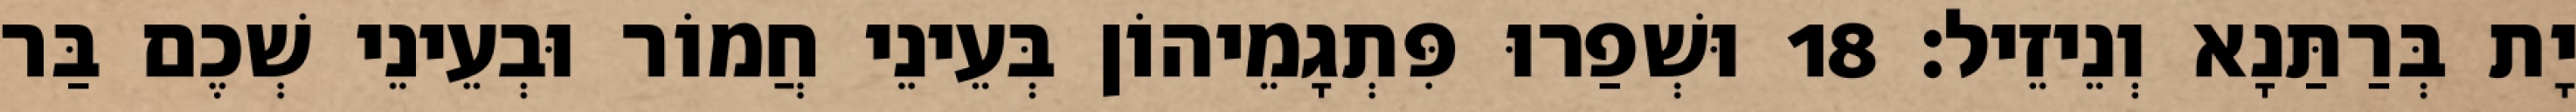
יָת בְּרַתַּנָא וְנֵיזֵיל׃ 18 וּשְׁפַרוּ פִּתְגָמֵיהוֹן בְּעֵינֵי חֲמוֹר וּבְעֵינֵי שְׁכֶם בַּר